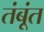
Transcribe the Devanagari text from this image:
तंबूंत